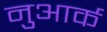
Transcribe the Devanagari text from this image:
नुआर्क